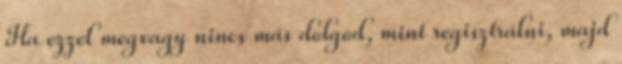
Ha ezzel megvagy nincs más dolgod, mint regisztrálni, majd